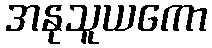
အနုသူယကော